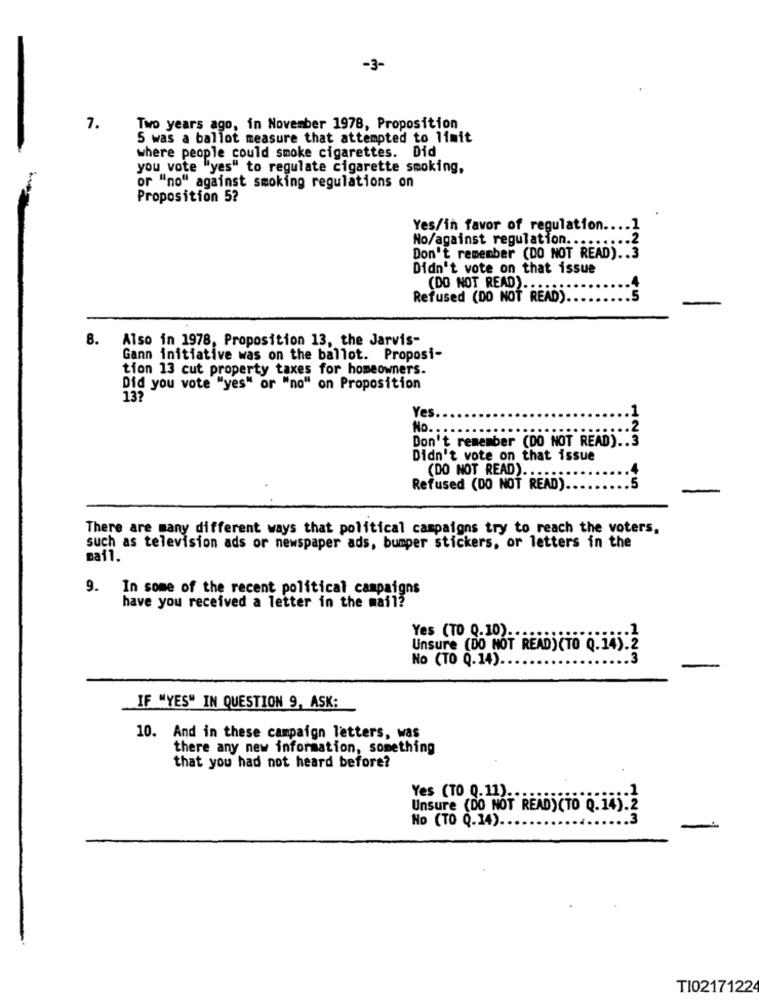
-3-
7.
Two years ago, in November 1978, Proposition
5 was a ballot measure that attempted to limit
where people could smoke cigarettes. Did
you vote "yes" to regulate cigarette smoking,
or "no" against smoking regulations on
Proposition 5?
Yes/in favor of regulation .... 1
No/against regulation ....
Don't remember (DO NOT READ) .. 3
Didn't vote on that issue
(DO NOT READ) ...
Refused (DO NOT READ).
45
8.
Also in 1978, Proposition 13, the Jarvis-
Gann initiative was on the ballot. Proposi-
tion 13 cut property taxes for homeowners.
Did you vote "yes" or "no" on Proposition
13?
Yes
No.
Don't remember (DO NOT READ) .. 3
123
Didn't vote on that issue
(DO NOT READ) ..
Refused (DO NOT READ).
5
There are many different ways that political campaigns try to reach the voters,
such as television ads or newspaper ads, bumper stickers, or letters in the
mail.
9.
In some of the recent political campaigns
have you received a letter in the mail?
Yes (TO 0.10) ...
Unsure (DO NOT READ)(TO 0.14).2
No (TO Q.14)
.3
IF "YES" IN QUESTION 9, ASK:
10. And in these campaign letters, was
there any new information, something
that you had not heard before?
Yes (TO 0.11) ...
Unsure (DO NOT READ)(TO 0.14).2
.. 3
No (TO Q.14).
TI0217122